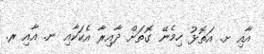
އާއި ށ. އަތޮޅު ހިމެނޭ ގޮތަށް ދާއިރާ އެކަކާއި ނ. އާއި ރ.